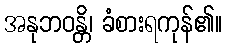
အနုဘဝန္တိ၊ ခံစားရကုန်၏။